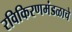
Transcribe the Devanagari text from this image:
रविकिरणमंडळाचे